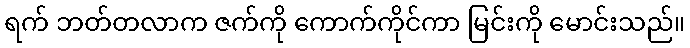
ရက် ဘတ်တလာက ဇက်ကို ကောက်ကိုင်ကာ မြင်းကို မောင်းသည်။